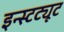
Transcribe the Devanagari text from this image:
इन्स्टट्यूट